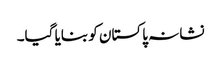
نشانہ پاکستان کو بنایا گیا۔